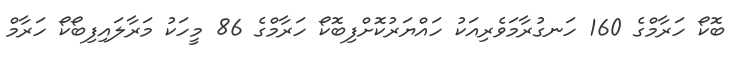
ބޮކޯ ހަރާމްގެ 160 ހަނގުރާމަވެރިއަކު ހައްޔަރުކޮށްފިބޮކޯ ހަރާމްގެ 86 މީހަކު މަރާލައިފިބޯކޯ ހަރާމް